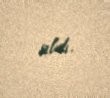
aldı.